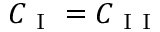
C _ { \mathrm { ~ I ~ } } = C _ { \mathrm { ~ I ~ I ~ } }